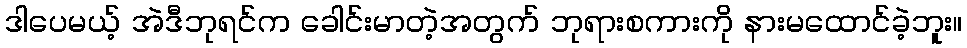
ဒါပေမယ့် အဲဒီဘုရင်က ခေါင်းမာတဲ့အတွက် ဘုရားစကားကို နားမထောင်ခဲ့ဘူး။